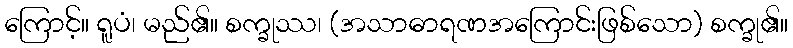
ကြောင့်။ ရူပံ၊ မည်၏။ စက္ခုဿ၊ (အသာဓာရဏအကြောင်းဖြစ်သော) စက္ခု၏။